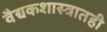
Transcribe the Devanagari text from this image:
वैद्यकशास्त्रातही